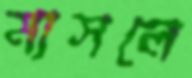
মাসলে